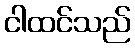
ငါထင်သည်